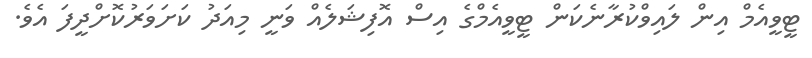
ޓީވީއެމް އިން ލައިވްކުރާނެކަން ޓީވީއެމްގެ އިސް އޮފިޝަލެއް ވަނީ މިއަދު ކަށަވަރުކޮށްދީފަ އެވެ.